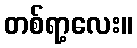
တစ်ရာ့လေး။